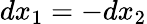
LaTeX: dx_{1}=-dx_{2}